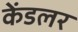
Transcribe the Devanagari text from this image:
केंडलर